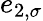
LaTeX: e_{2,\sigma}